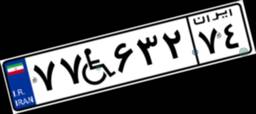
۲۸W۶۶۴۲۵